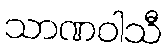
သာဏဝါသီ